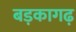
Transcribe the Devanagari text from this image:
बड़कागढ़